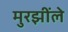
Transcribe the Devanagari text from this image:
मुरझींले